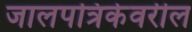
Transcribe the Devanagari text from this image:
जालपत्रिकेवरील